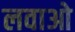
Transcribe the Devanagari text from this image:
लवाओ